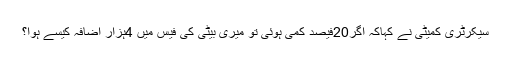
سیکرٹری کمیٹی نے کہاکہ اگر20فیصد کمی ہوئی تو میری بیٹی کی فیس میں 4ہزار اضافہ کیسے ہوا؟